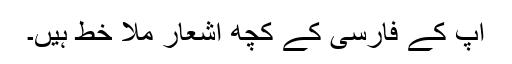
آپ کے فارسی کے کچھ اشعار ملا خط ہیں۔